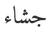
جشاء